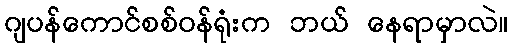
ဂျပန်ကောင်စစ်ဝန်ရုံးက ဘယ် နေရာမှာလဲ။